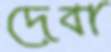
দেবা